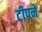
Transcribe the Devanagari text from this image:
टीपने